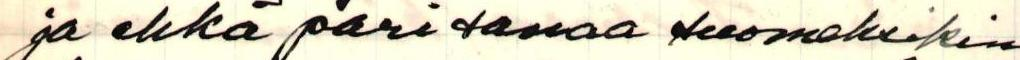
ja ehkä pari sanaa suomeksikin